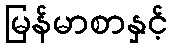
မြန်မာစာနှင့်